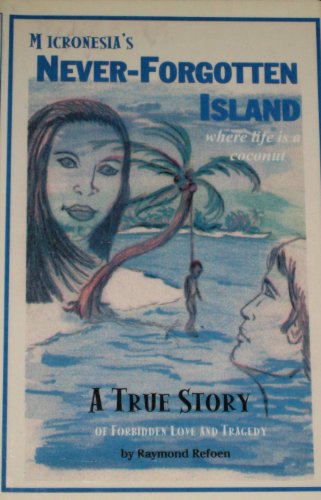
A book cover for Micronesia's Never-Forgotten Island: Where Life Is a Coconuta True Story; Raymond Refoen; Travel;